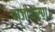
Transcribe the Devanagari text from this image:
बाजीकरण।